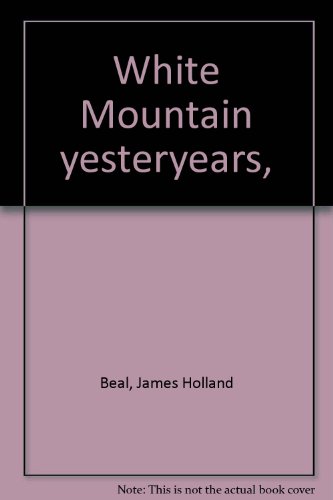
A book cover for White Mountain yesteryears,; James Holland Beal; Travel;